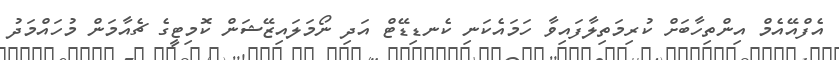
އެފްއޭއެމް އިންތިހާބަށް ކުރިމަތިލާފައިވާ ހަމައެކަނި ކެނޑިޑޭޓް އަދި ނޯމަލައިޒޭޝަން ކޮމިޓީގެ ޗެއާމަން މުހައްމަދު